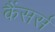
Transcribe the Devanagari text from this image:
कैंसर्स